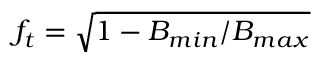
f _ { t } = \sqrt { 1 - B _ { m i n } / B _ { m a x } }